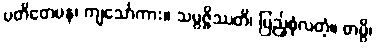
ပတိတေပန၊ ကျသော်ကား။ သမ္ပဇ္ဇိဿတိ၊ ပြည့်စုံလတံ့။ တမ္ပိ၊